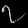
Digit: ၇